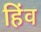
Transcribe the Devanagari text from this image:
हिंव